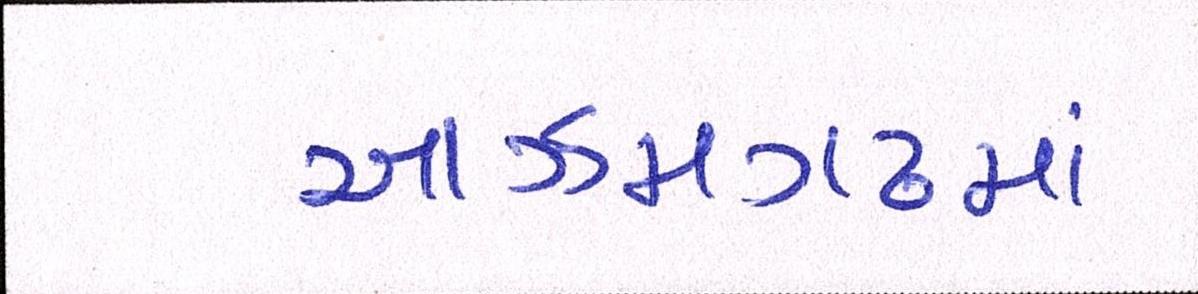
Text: આઝમગઢમાં